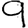
Digit: 9